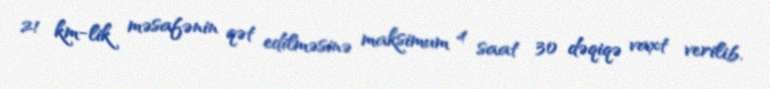
21 km-lik məsafənin qət edilməsinə maksimum 4 saat 30 dəqiqə vaxt verilib.